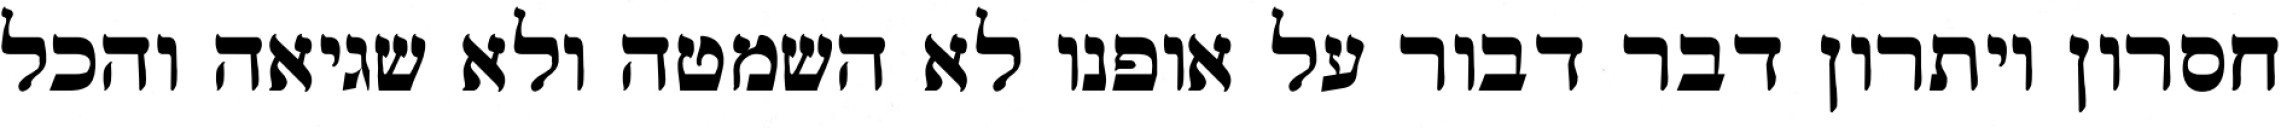
חסרון ויתרון דבר דבור על אופנו לא השמטה ולא שגיאה והכל